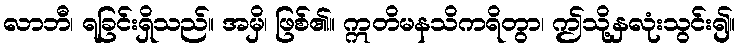
လာဘီ၊ ရခြင်းရှိသည်။ အမှိ၊ ဖြစ်၏။ ဣတိမနသိကရိတွာ၊ ဤသို့နှလုံးသွင်း၍။